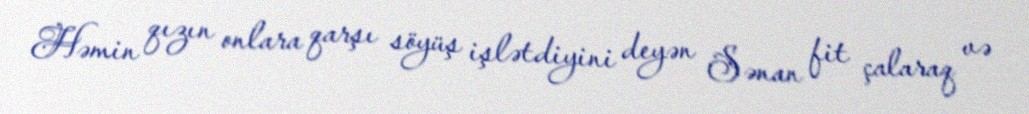
Həmin qızın onlara qarşı söyüş işlətdiyini deyən Sənan fit çalaraq və